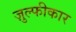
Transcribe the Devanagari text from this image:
ज़ुल्फीकार